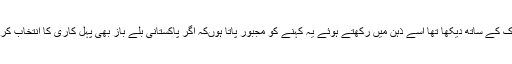
میچ کا جتنا حصہ میں نے پورے انہماک کے ساتھ دیکھا تھا اسے ذہن میں رکھتے ہوئے یہ کہنے کو مجبور پاتا ہوںکہ اگر پاکستانی بلے باز بھی پہل کاری کا انتخاب کرتے تو شاید اتوار کا میچ جیت نہ پاتے۔